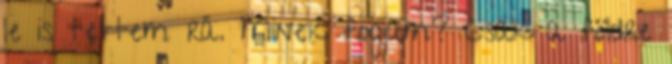
le is tettem rá. Minek fogjam? Csak a földre